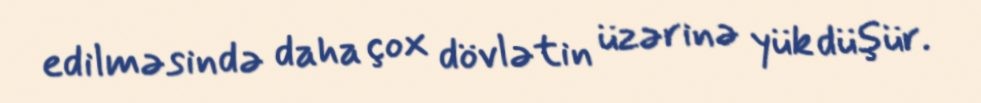
edilməsində daha çox dövlətin üzərinə yük düşür.